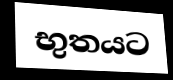
භුතයට